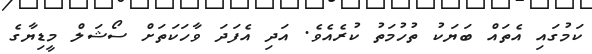
ކަމުގައި އެތައް ބަޔަކު ތުހުމަތު ކުރެއެވެ. އަދި އެފަދަ ވާހަކަތަށް ސޯޝަލް މީޑިޔާގެ